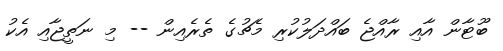
ބޫޓާން އާއި ރާއްޖެ ބައްދަލުކުރި މެޗުގެ ތެރެއިން -- މި ނަތީޖާއި އެކު